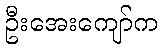
ဦးအေးကျော်က